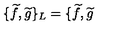
\{ \widetilde { f } , \widetilde { g } \} _ { L } = \{ \widetilde { f } , \widetilde { g }